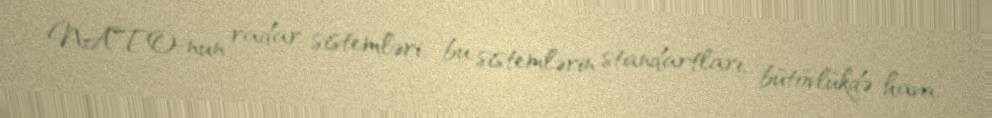
NATO-nun radar sistemləri, bu sistemlərin standartları, bütövlükdə hava